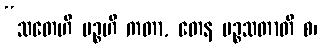
“သတေဟိ ပဉ္စဟိ ကတာ, တေန ပဉ္စသတာတိ စ၊